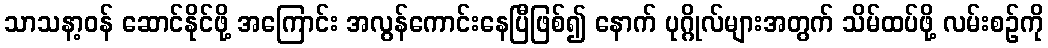
သာသနာ့ဝန် ဆောင်နိုင်ဖို့ အကြောင်း အလွန်ကောင်းနေပြီဖြစ်၍ နောက် ပုဂ္ဂိုလ်များအတွက် သိမ်ထပ်ဖို့ လမ်းစဉ်ကို